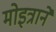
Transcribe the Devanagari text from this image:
मोइत्राने